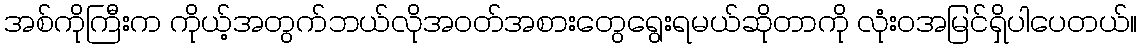
အစ်ကိုကြီးက ကိုယ့်အတွက်ဘယ်လိုအဝတ်အစားတွေရွေးရမယ်ဆိုတာကို လုံးဝအမြင်ရှိပါပေတယ်။